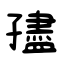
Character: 孻